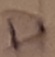
Text: D